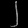
Digit: ၂